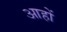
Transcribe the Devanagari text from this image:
आहों